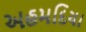
અહમદિયા